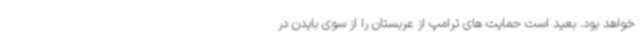
خواهد بود. بعید است حمایت های ترامپ از عربستان را از سوی بایدن در